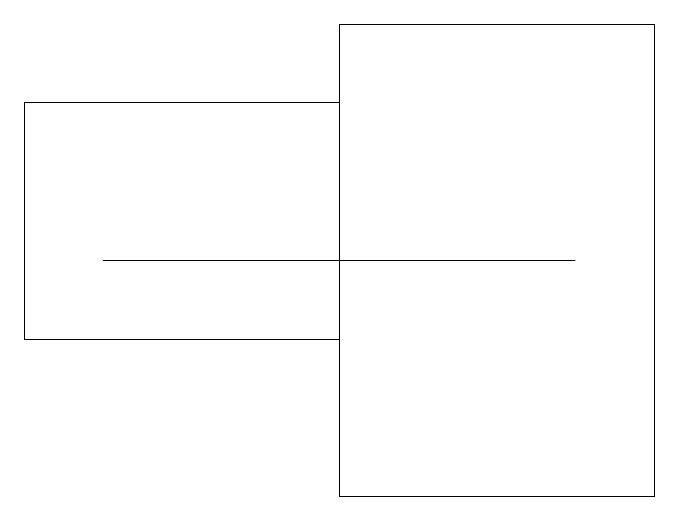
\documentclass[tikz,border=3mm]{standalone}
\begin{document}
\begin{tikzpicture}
\draw (7,14) rectangle (1,14);
\draw (8,11) rectangle (4,17);
\draw (4,16) rectangle (0,13);
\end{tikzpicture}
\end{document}